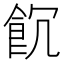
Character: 𩚗